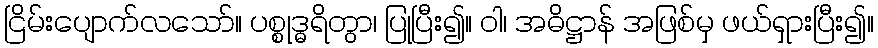
ငြိမ်းပျောက်လသော်။ ပစ္စုဒ္ဓရိတွာ၊ ပြုပြီး၍။ ဝါ၊ အဓိဋ္ဌာန် အဖြစ်မှ ဖယ်ရှားပြီး၍။